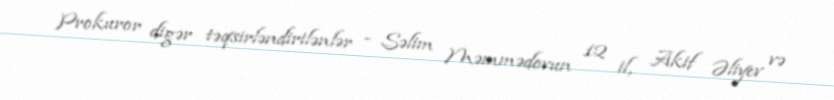
Prokuror digər təqsirləndirilənlər - Səlim Məmmədovun 12 il, Akif Əliyev və